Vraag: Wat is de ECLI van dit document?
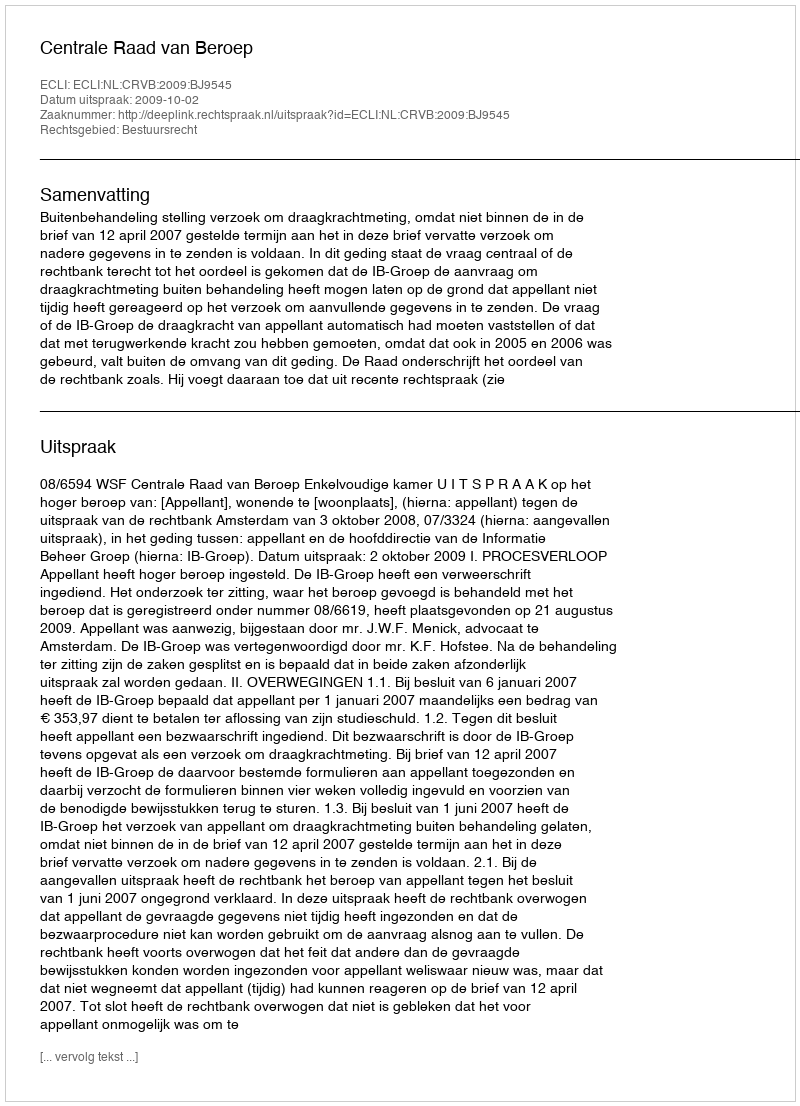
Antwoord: ECLI:NL:CRVB:2009:BJ9545